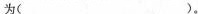
为（）